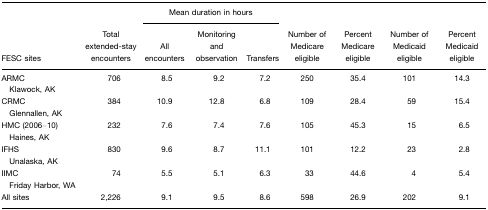
<table><thead><tr><td></td><td></td><td colspan="3"><b>Mean duration in hours</b></td><td></td><td></td><td></td><td></td></tr><tr><td><b>FESC sites</b></td><td><b>Total extended-stay encounters</b></td><td><b>All encounters</b></td><td><b>Monitoring and observation</b></td><td><b>Transfers</b></td><td><b>Number of Medicare eligible</b></td><td><b>Percent Medicare eligible</b></td><td><b>Number of Medicaid eligible</b></td><td><b>Percent Medicaid eligible</b></td></tr></thead><tbody><tr><td>ARMC Klawock, AK</td><td>706</td><td>8.5</td><td>9.2</td><td>7.2</td><td>250</td><td>35.4</td><td>101</td><td>14.3</td></tr><tr><td>CRMC Glennallen, AK</td><td>384</td><td>10.9</td><td>12.8</td><td>6.8</td><td>109</td><td>28.4</td><td>59</td><td>15.4</td></tr><tr><td>HMC (2006–10) Haines, AK</td><td>232</td><td>7.6</td><td>7.4</td><td>7.6</td><td>105</td><td>45.3</td><td>15</td><td>6.5</td></tr><tr><td>IFHS Unalaska, AK</td><td>830</td><td>9.6</td><td>8.7</td><td>11.1</td><td>101</td><td>12.2</td><td>23</td><td>2.8</td></tr><tr><td>IIMC Friday Harbor, WA</td><td>74</td><td>5.5</td><td>5.1</td><td>6.3</td><td>33</td><td>44.6</td><td>4</td><td>5.4</td></tr><tr><td>All sites</td><td>2,226</td><td>9.1</td><td>9.5</td><td>8.6</td><td>598</td><td>26.9</td><td>202</td><td>9.1</td></tr></tbody></table>